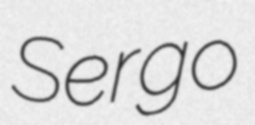
Sergo